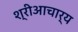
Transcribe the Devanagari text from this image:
श्रीआचार्य